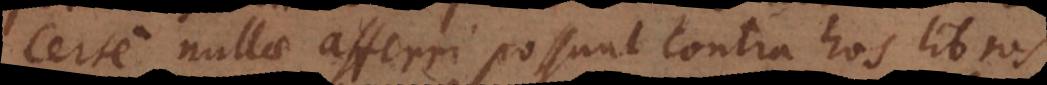
Certe nullae afferri possunt contra hos libros